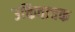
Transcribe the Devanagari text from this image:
उक्तिवाचक